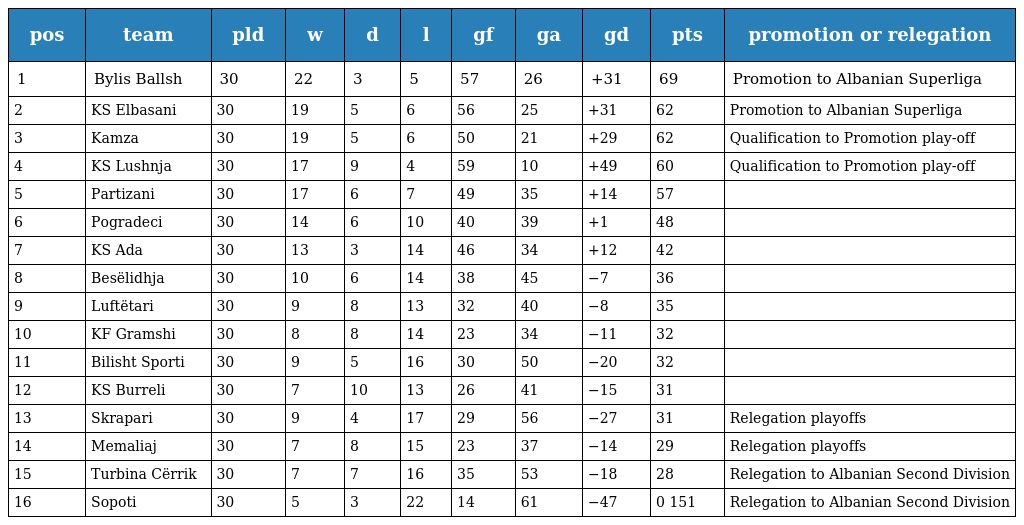
| pos | team | pld | w | d | l | gf | ga | gd | pts | promotion or relegation |
 | --- | --- | --- | --- | --- | --- | --- | --- | --- | --- | --- |
 | 1 | Bylis Ballsh | 30 | 22 | 3 | 5 | 57 | 26 | +31 | 69 | Promotion to Albanian Superliga |
 | 2 | KS Elbasani | 30 | 19 | 5 | 6 | 56 | 25 | +31 | 62 | Promotion to Albanian Superliga |
 | 3 | Kamza | 30 | 19 | 5 | 6 | 50 | 21 | +29 | 62 | Qualification to Promotion play-off |
 | 4 | KS Lushnja | 30 | 17 | 9 | 4 | 59 | 10 | +49 | 60 | Qualification to Promotion play-off |
 | 5 | Partizani | 30 | 17 | 6 | 7 | 49 | 35 | +14 | 57 |  |
 | 6 | Pogradeci | 30 | 14 | 6 | 10 | 40 | 39 | +1 | 48 |  |
 | 7 | KS Ada | 30 | 13 | 3 | 14 | 46 | 34 | +12 | 42 |  |
 | 8 | Besëlidhja | 30 | 10 | 6 | 14 | 38 | 45 | −7 | 36 |  |
 | 9 | Luftëtari | 30 | 9 | 8 | 13 | 32 | 40 | −8 | 35 |  |
 | 10 | KF Gramshi | 30 | 8 | 8 | 14 | 23 | 34 | −11 | 32 |  |
 | 11 | Bilisht Sporti | 30 | 9 | 5 | 16 | 30 | 50 | −20 | 32 |  |
 | 12 | KS Burreli | 30 | 7 | 10 | 13 | 26 | 41 | −15 | 31 |  |
 | 13 | Skrapari | 30 | 9 | 4 | 17 | 29 | 56 | −27 | 31 | Relegation playoffs |
 | 14 | Memaliaj | 30 | 7 | 8 | 15 | 23 | 37 | −14 | 29 | Relegation playoffs |
 | 15 | Turbina Cërrik | 30 | 7 | 7 | 16 | 35 | 53 | −18 | 28 | Relegation to Albanian Second Division |
 | 16 | Sopoti | 30 | 5 | 3 | 22 | 14 | 61 | −47 | 0 151 | Relegation to Albanian Second Division |